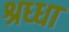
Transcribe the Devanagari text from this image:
श्रध्धा